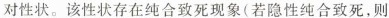
对性状。该性状存在纯合致死现象(若隐性纯合致死，则